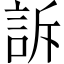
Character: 訴